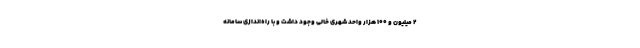
۲ میلیون و ۱۰۰ هزار واحد شهری خالی وجود داشت و با راه‌اندازی سامانه